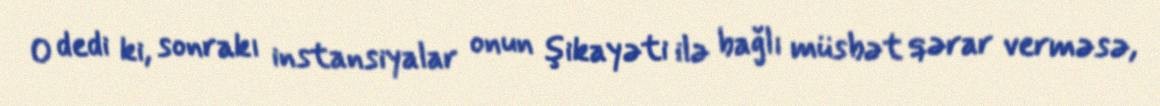
O dedi ki, sonrakı instansiyalar onun şikayəti ilə bağlı müsbət qərar verməsə,